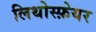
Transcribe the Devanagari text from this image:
लिथोस्फ़ेयर